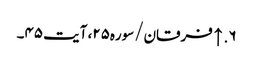
۶. ↑ فرقان/سوره۲۵، آیت ۴۵۔